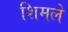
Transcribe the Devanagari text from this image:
शिमले